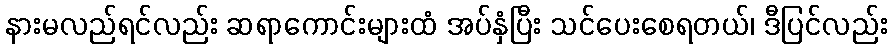
နားမလည်ရင်လည်း ဆရာကောင်းများထံ အပ်နှံပြီး သင်ပေးစေရတယ်၊ ဒီပြင်လည်း